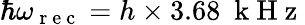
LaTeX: \hbar\omega_{\mathrm{~r~e~c~}}=h\times 3.68~\mathrm{~k~H~z~}